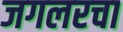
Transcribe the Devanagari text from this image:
जगलरचा